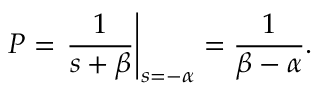
P = \left. { \frac { 1 } { s + \beta } } \right| _ { s = - \alpha } = { \frac { 1 } { \beta - \alpha } } .